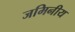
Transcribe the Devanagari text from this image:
जमिनीय